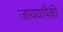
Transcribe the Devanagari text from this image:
जावयापैकी